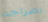
بصراحه